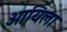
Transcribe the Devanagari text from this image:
आयिला